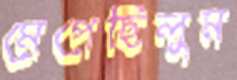
মেপেছিলুম